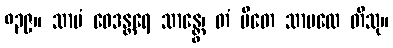
၈၃၉။ သာမံ ဝေဒန္တရေ သာန္တွေ၊ တံ ပီတေ သာမလေ တိသု။